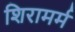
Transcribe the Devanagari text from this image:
शिरामर्म